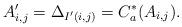
LaTeX: \begin{align*}A'_{i,j}=\Delta_{I'(i,j)}=C_a^* (A_{i,j} ).\end{align*}